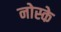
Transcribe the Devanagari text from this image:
नोस्के